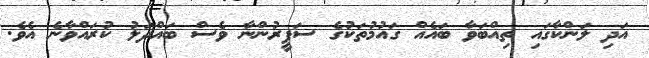
އަދި ލަންކާގައި ތިއްބަވާ ބައެއް ގައުމުތަކުގެ ސަފީރުންނާ ވެސް ބައްދަލު ކުރައްވާނެ އެވެ.